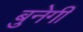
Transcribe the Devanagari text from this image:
बुनेगी